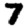
Digit: 7